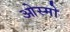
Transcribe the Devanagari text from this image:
ओस्मो